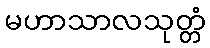
မဟာသာလသုတ္တံ